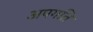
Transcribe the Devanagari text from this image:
अपगति